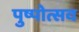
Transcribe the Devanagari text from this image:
पुष्पोत्सव